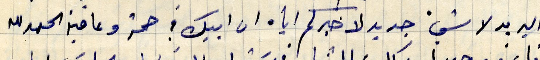
البريد لا شيء جديد لاخبركم اياه ان ابيك في صحة وعافية الحمد لله